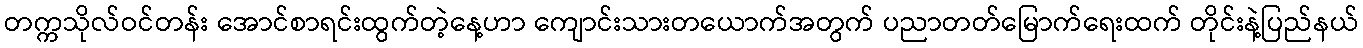
တက္ကသိုလ်ဝင်တန်း အောင်စာရင်းထွက်တဲ့နေ့ဟာ ကျောင်းသားတယောက်အတွက် ပညာတတ်မြောက်ရေးထက် တိုင်းနဲ့ပြည်နယ်